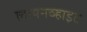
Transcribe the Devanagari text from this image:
लायनव्हाइट